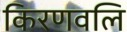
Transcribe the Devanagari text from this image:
किरणवलि